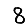
Digit: 8